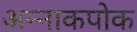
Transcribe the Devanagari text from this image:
अन्नाकपोक